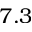
7 . 3